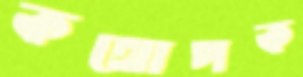
কথোপক